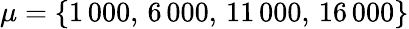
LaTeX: \mu=\{ 1\, 000,\, 6\, 000,\, 11\, 000,\, 16\, 000\}